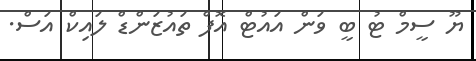
ޔޫ ސީމް ޓު ބީ ވަން އައުޓް އޮފް ތައުޒަންޑް ލައިކް އަސް.